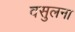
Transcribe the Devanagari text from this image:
वसुलना